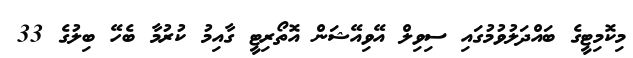
މިކޮމިޓީގެ ބައްދަލުވުމުގައި ސިވިލް އޭވިއޭޝަން އޮތޯރިޓީ ގާއިމު ކުރުމާ ބެހޭ ބިލުގެ 33